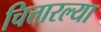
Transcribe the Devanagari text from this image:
चित्तारल्या